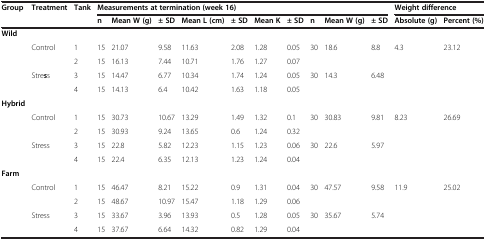
<table><thead><tr><td rowspan="2"><b>Group</b></td><td rowspan="2"><b>Treatment</b></td><td rowspan="2"><b>Tank</b></td><td colspan="10"><b>Measurements at termination (week 16)</b></td><td colspan="2"><b>Weight difference</b></td></tr><tr><td><b>n</b></td><td><b>Mean W (g)</b></td><td><b>± SD</b></td><td><b>Mean L (cm)</b></td><td><b>± SD</b></td><td><b>Mean K</b></td><td><b>± SD</b></td><td><b>n</b></td><td><b>Mean W (g)</b></td><td><b>± SD</b></td><td><b>Absolute (g)</b></td><td><b>Percent (%)</b></td></tr></thead><tbody><tr><td rowspan="5"><b>Wild</b></td><td> </td><td> </td><td> </td><td> </td><td> </td><td> </td><td> </td><td> </td><td> </td><td> </td><td> </td><td> </td><td> </td><td> </td></tr><tr><td rowspan="2">Control</td><td>1</td><td>15</td><td>21.07</td><td>9.58</td><td>11.63</td><td>2.08</td><td>1.28</td><td>0.05</td><td rowspan="2">30</td><td rowspan="2">18.6</td><td rowspan="2">8.8</td><td rowspan="4">4.3</td><td rowspan="4">23.12</td></tr><tr><td>2</td><td>15</td><td>16.13</td><td>7.44</td><td>10.71</td><td>1.76</td><td>1.27</td><td>0.07</td></tr><tr><td rowspan="2">Stre<b>s</b>s</td><td>3</td><td>15</td><td>14.47</td><td>6.77</td><td>10.34</td><td>1.74</td><td>1.24</td><td>0.05</td><td rowspan="2">30</td><td rowspan="2">14.3</td><td rowspan="2">6.48</td></tr><tr><td>4</td><td>15</td><td>14.13</td><td>6.4</td><td>10.42</td><td>1.63</td><td>1.18</td><td>0.05</td></tr><tr><td rowspan="5"><b>Hybrid</b></td><td> </td><td> </td><td> </td><td> </td><td> </td><td> </td><td> </td><td> </td><td> </td><td> </td><td> </td><td> </td><td> </td><td> </td></tr><tr><td rowspan="2">Control</td><td>1</td><td>15</td><td>30.73</td><td>10.67</td><td>13.29</td><td>1.49</td><td>1.32</td><td>0.1</td><td rowspan="2">30</td><td rowspan="2">30.83</td><td rowspan="2">9.81</td><td rowspan="4">8.23</td><td rowspan="4">26.69</td></tr><tr><td>2</td><td>15</td><td>30.93</td><td>9.24</td><td>13.65</td><td>0.6</td><td>1.24</td><td>0.32</td></tr><tr><td rowspan="2">Stress</td><td>3</td><td>15</td><td>22.8</td><td>5.82</td><td>12.23</td><td>1.15</td><td>1.23</td><td>0.06</td><td rowspan="2">30</td><td rowspan="2">22.6</td><td rowspan="2">5.97</td></tr><tr><td>4</td><td>15</td><td>22.4</td><td>6.35</td><td>12.13</td><td>1.23</td><td>1.24</td><td>0.04</td></tr><tr><td rowspan="5"><b>Farm</b></td><td> </td><td> </td><td> </td><td> </td><td> </td><td> </td><td> </td><td> </td><td> </td><td> </td><td> </td><td> </td><td> </td><td> </td></tr><tr><td rowspan="2">Control</td><td>1</td><td>15</td><td>46.47</td><td>8.21</td><td>15.22</td><td>0.9</td><td>1.31</td><td>0.04</td><td rowspan="2">30</td><td rowspan="2">47.57</td><td rowspan="2">9.58</td><td rowspan="4">11.9</td><td rowspan="4">25.02</td></tr><tr><td>2</td><td>15</td><td>48.67</td><td>10.97</td><td>15.47</td><td>1.18</td><td>1.29</td><td>0.06</td></tr><tr><td rowspan="2">Stress</td><td>3</td><td>15</td><td>33.67</td><td>3.96</td><td>13.93</td><td>0.5</td><td>1.28</td><td>0.05</td><td rowspan="2">30</td><td rowspan="2">35.67</td><td rowspan="2">5.74</td></tr><tr><td>4</td><td>15</td><td>37.67</td><td>6.64</td><td>14.32</td><td>0.82</td><td>1.29</td><td>0.04</td></tr></tbody></table>